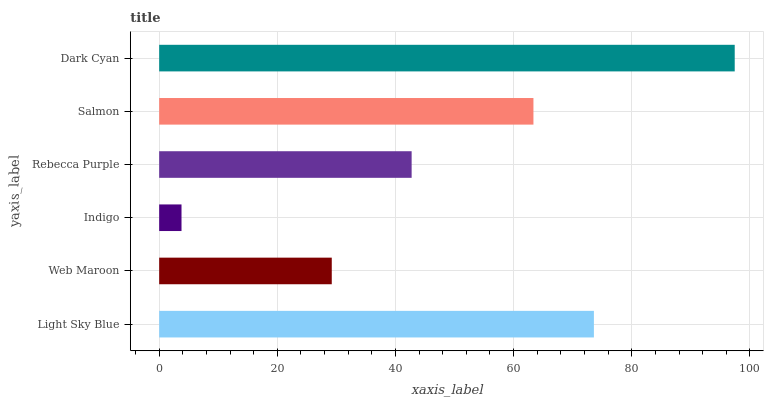
| yaxis_label | bars |
 | --- | --- |
 | Light Sky Blue | 73.6 |
 | Web Maroon | 29.2 |
 | Indigo | 3.78 |
 | Rebecca Purple | 42.7 |
 | Salmon | 63.4 |
 | Dark Cyan | 97.4 |